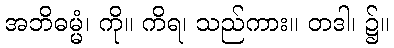
အဘိဓမ္မံ၊ ကို။ ကိရ၊ သည်ကား။ တဒါ၊ ၌။